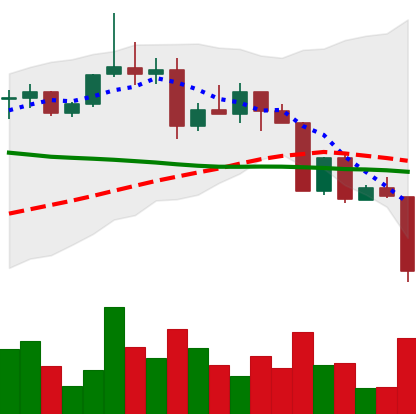
Ticker: XRP-USD
Chart end date: 2022-04-11
Forward return: 12.491%
Label: up_7plus